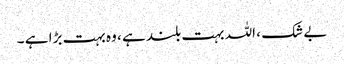
بے شک ، اللہ بہت بلند ہے ، وہ بہت بڑا ہے ۔